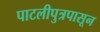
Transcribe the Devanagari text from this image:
पाटलीपुत्रपासून